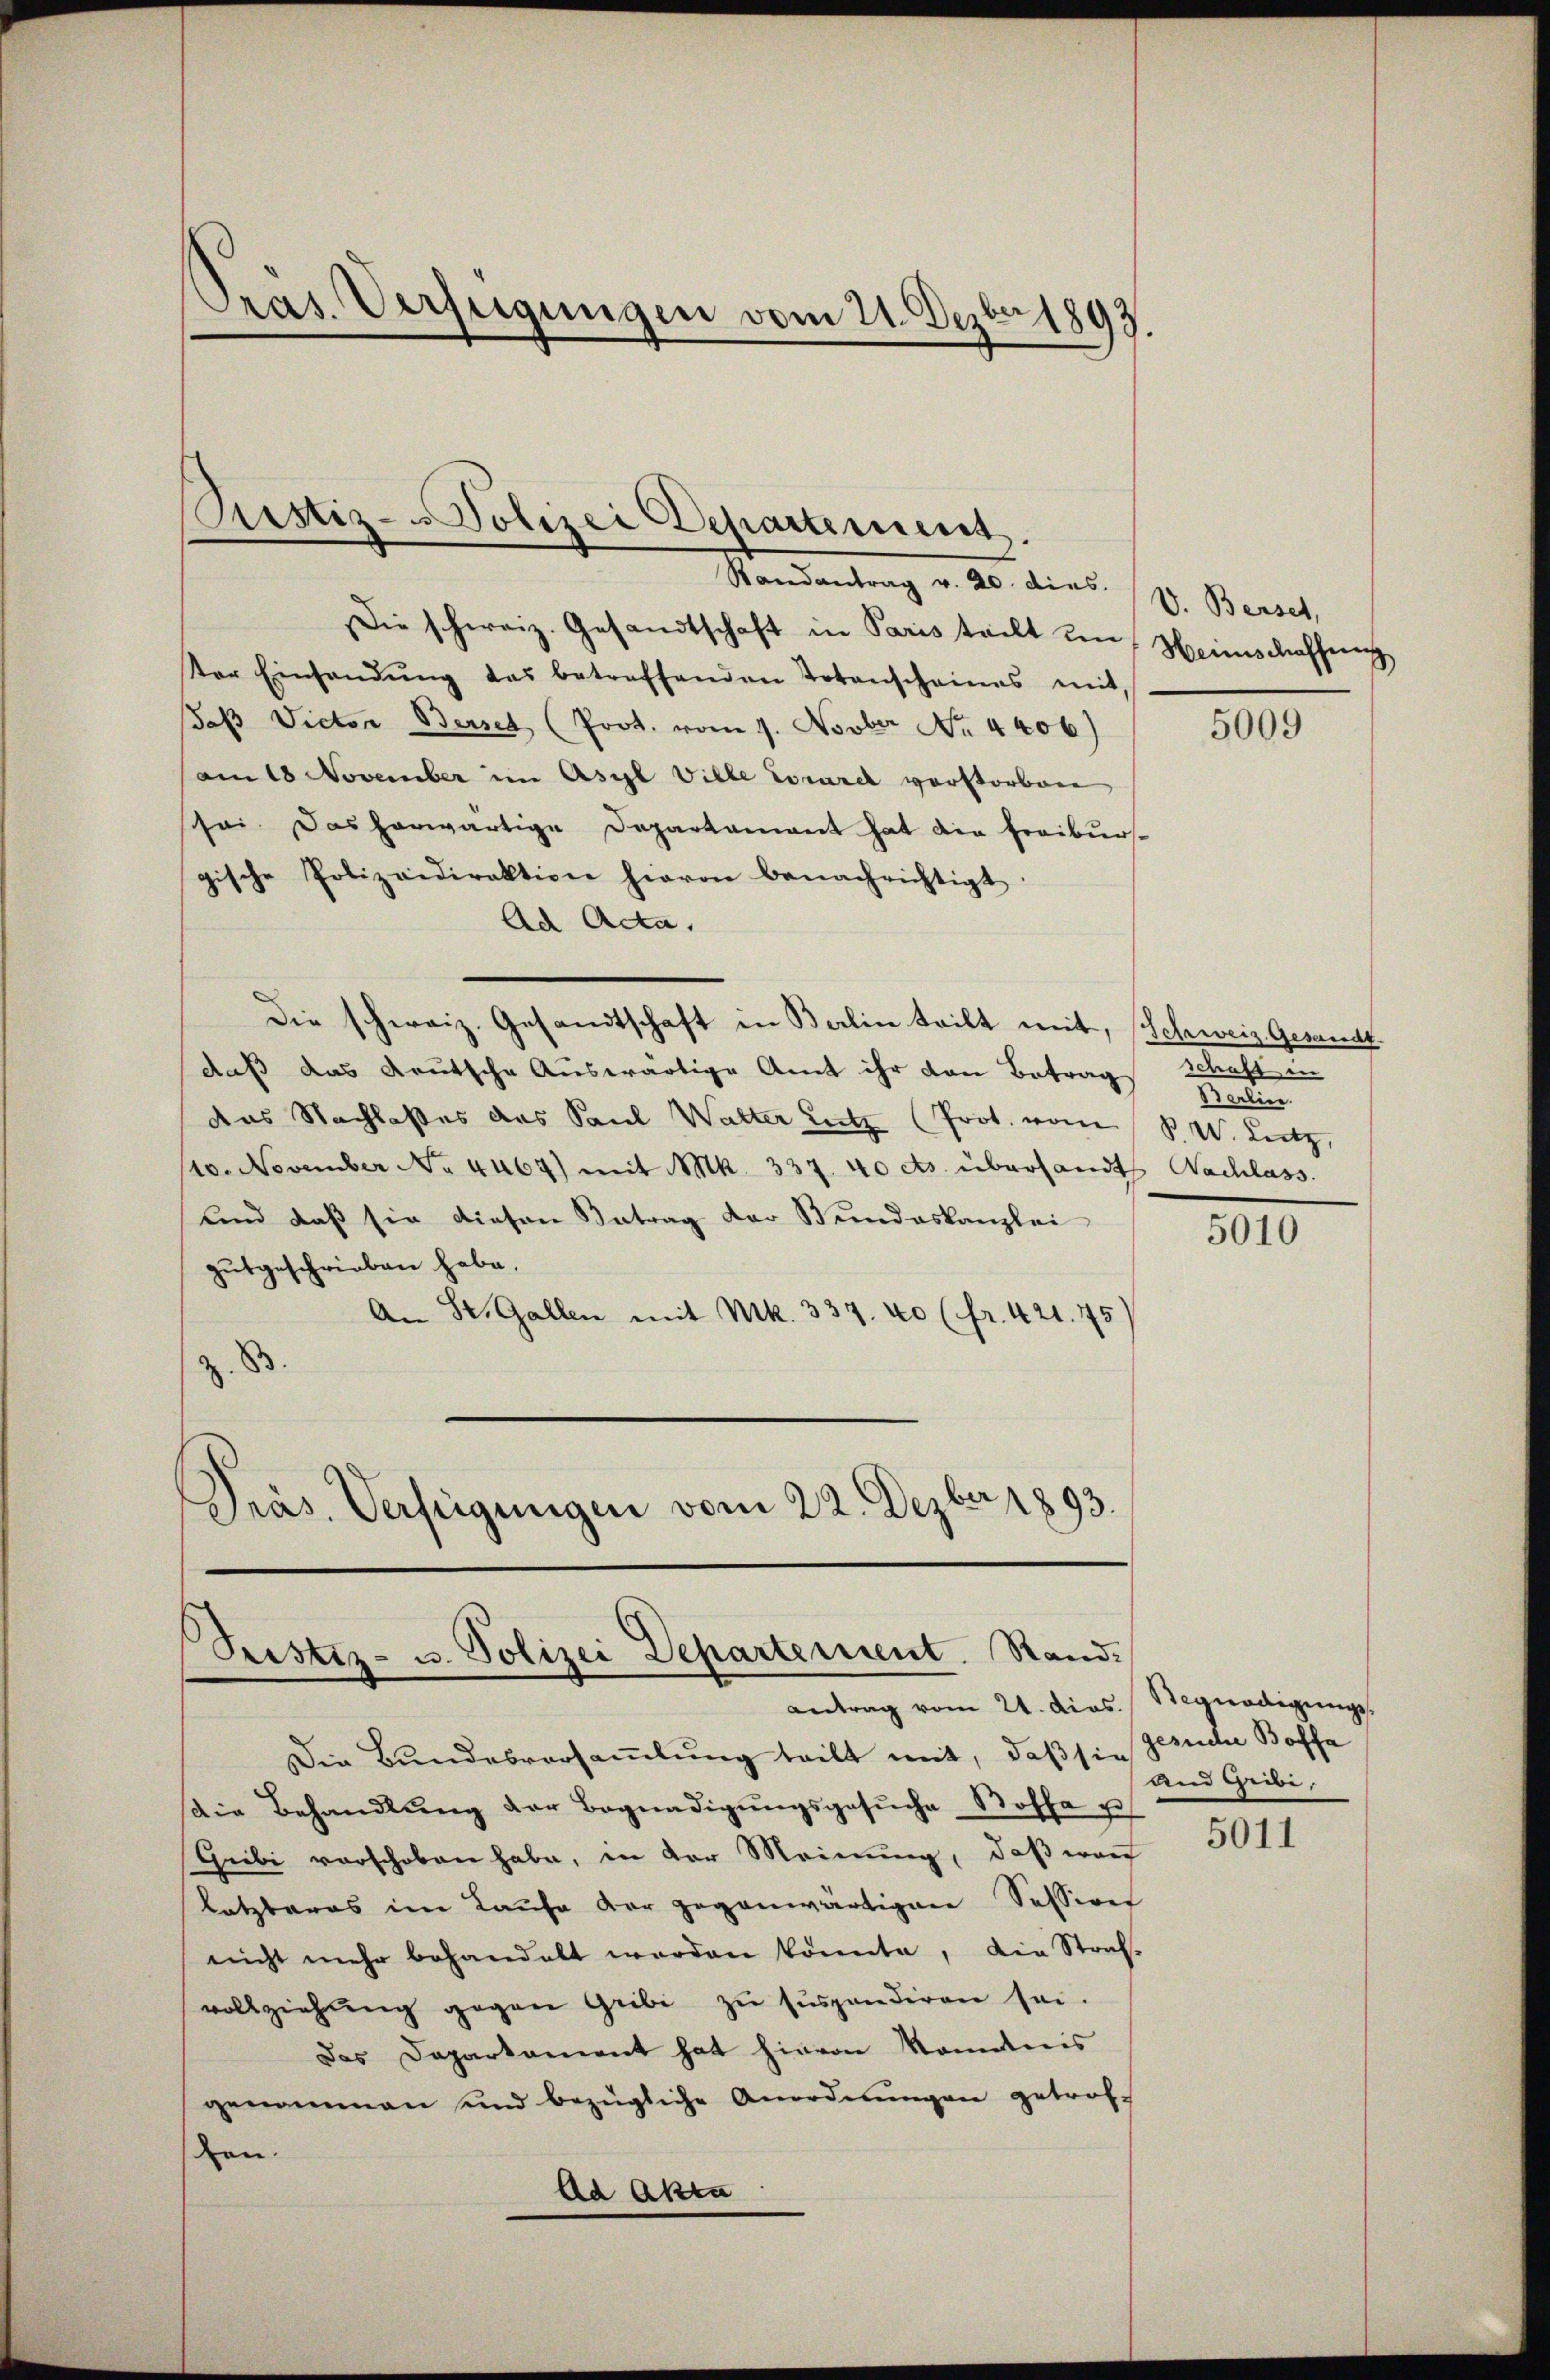
Pras Verfügungen vom 21. Dezbr 1893.

Piustiz- Polizei Departement.

Randantrag v. 20. dies V. Berset
Die schweiz. Gesandtschaft in Paris teilt um Heimschaffung
Vor Einsandŭng des betreffenden Totenscheines mit,
das Victor Berset (Prot. vom 1. Novber No. 4406)
am 18 November im Asyl Ville Locarel verstorben,
schei. Das herwärtige Departament hat die Freiburs-
gische Polizeidirektion hievon benachrichtigt.
Ad Acta.
Die schweiz. Gesandtschaft in Berlin teilt mit, Schweiz. Gesandt.
daβ das deutsche Auswärtige Amt ihr den Betrag
das Nachlaßes das Paul Walter Lutz (Prot. vom R. W. Lutz,
10. November No. 4469) mit Mk. 337. 40 cts. übersandt Nachlass
und daß sie diesen Betrag der Bundeskanzlei
gutgeschrieben habe.
An St. Gallen mit Mk. 337. 40 (fr. 421. 75
Z. B
Präs. Verfeigungen vom 22. Dezber 1893.

Pristiz- u. Polizei Departement. Stand.

antrag vom 21. dies

Die Bundesversammlung teilt mit, daß sie Gerucher Boffe
die Behandlŭng der Begnadigŭngsgesŭche Bossa u
Gribi verschoben habe, in der Meinung, daß war
letzteres im Laufe der gegenwärtigen Session
nicht mehr behandelt worden könnte, die Straf-
vollziehŭng gegen Gribi zŭ suspendiren sei.
Das Departement hat hievon konntnis
genommen und bezügliche Anordnŭngen getrof-
den.
Ad Akta

5009

schaft in
Berlin.

5010

Begnadigungs
Und Geibe,

5011